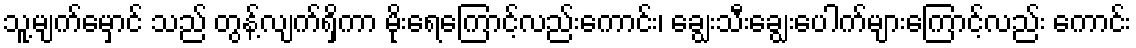
သူ့မျက်မှောင် သည် တွန့်လျက်ရှိကာ မိုးရေကြောင့်လည်းကောင်း၊ ချွေးသီးချွေးပေါက်များကြောင့်လည်း ကောင်း